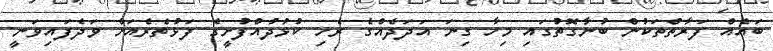
ބައެއް ފަރާތްތަކުން ބުނާގޮތުގައި މިހާ ގިނަ އަދަދެއްގެ ރެހި ކުޅުދުއްފުށީގެ ފަޅުތެރެއަށް ވަދެފައިވަނީ